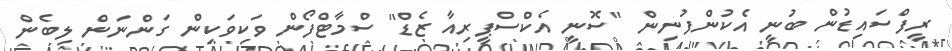
ރީފްސައިޑުން ބުނީ އެކުންފުނިން "ސޮނީ އެކްސްޕީރިއާ ޒެޑް" ސްމާޓްފޯން ވަކިވަކިން ގަންނަން ލިބެން